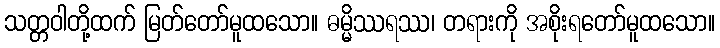
သတ္တဝါတို့ထက် မြတ်တော်မူထသော။ ဓမ္မိဿရဿ၊ တရားကို အစိုးရတော်မူထသော။